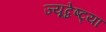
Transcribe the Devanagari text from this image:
ज्यूद्वेष्ट्या